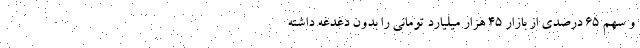
و سهم ۶۵ درصدی از بازار ۴۵ هزار میلیارد تومانی را بدون دغدغه داشته